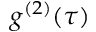
g ^ { ( 2 ) } ( \tau )